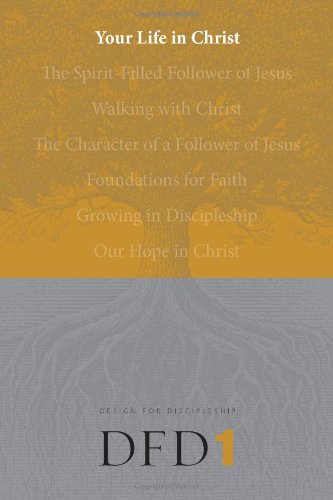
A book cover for Your Life in Christ (Design for Discipleship); Christian Books & Bibles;